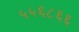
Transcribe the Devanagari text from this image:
५५६८६६